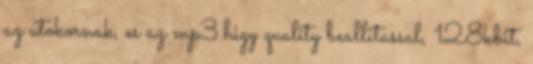
az utokornak, es az mp3 higy quality beallitassal, 128kbit,